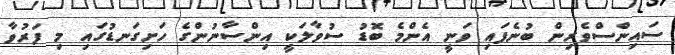
ސައިންސްވެރިން ބުނެފައި ވަނީ އެންމެ ބޮޑު ސުވާލަކީ އިންސާނުންގެ ހަށިގަނޑުގައި މި ފަރުވާ